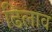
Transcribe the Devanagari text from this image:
ढिलाव